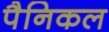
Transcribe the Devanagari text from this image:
पैनिकल